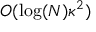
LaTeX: O ( \log ( N ) \kappa ^ { 2 } )